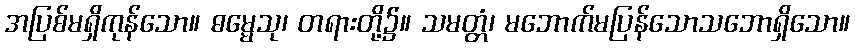
အပြစ်မရှိကုန်သော။ ဓမ္မေသု၊ တရားတို့၌။ သမတ္တံ၊ မဘောက်မပြန်သောသဘောရှိသော။